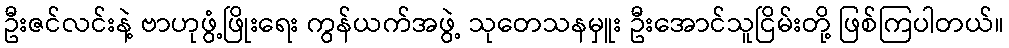
ဦးဇင်လင်းနဲ့ ဗာဟုဖွံ့ဖြိုးရေး ကွန်ယက်အဖွဲ့ သုတေသနမှူး ဦးအောင်သူငြိမ်းတို့ ဖြစ်ကြပါတယ်။